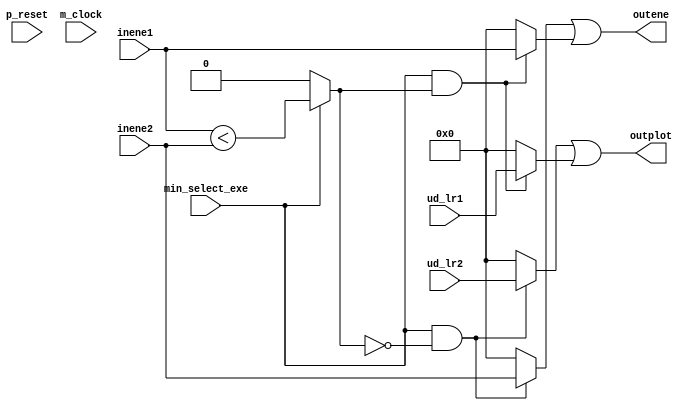
// This program was cloned from: https://github.com/shun7b/bidirectional-search
// License: GNU General Public License v3.0


/*Produced by NSL Core(version=20240424), IP ARCH, Inc. Mon May 20 03:44:04 2024
 Licensed to :EVALUATION USER*/
/*
 DO NOT USE ANY PART OF THIS FILE FOR COMMERCIAL PRODUCTS. 
*/

module min_select ( p_reset , m_clock , inene1 , inene2 , ud_lr1 , ud_lr2 , outene , outplot , min_select_exe );
  input p_reset, m_clock;
  wire p_reset, m_clock;
  input [7:0] inene1;
  wire [7:0] inene1;
  input [7:0] inene2;
  wire [7:0] inene2;
  input [7:0] ud_lr1;
  wire [7:0] ud_lr1;
  input [7:0] ud_lr2;
  wire [7:0] ud_lr2;
  output [7:0] outene;
  wire [7:0] outene;
  output [7:0] outplot;
  wire [7:0] outplot;
  input min_select_exe;
  wire min_select_exe;
  wire _net_0;

   assign  _net_0 = 
// synthesis translate_off
// synopsys translate_off
(min_select_exe)? 
// synthesis translate_on
// synopsys translate_on
((min_select_exe)?(inene1 < inene2):1'b0)
// synthesis translate_off
// synopsys translate_off
:1'bx
// synthesis translate_on
// synopsys translate_on
;

// synthesis translate_off
// synopsys translate_off
always @(posedge m_clock or posedge p_reset)
  begin
if (((min_select_exe&(~_net_0))&(min_select_exe&_net_0)))
 begin $display("Warning: assign collision(min_select:outene) at %d",$time);
if ((min_select_exe&(~_net_0))) $display("assert ((min_select_exe&(~_net_0))) line 10 at %d\n",$time);
if ((min_select_exe&_net_0)) $display("assert ((min_select_exe&_net_0)) line 7 at %d\n",$time);
 end
 end

// synthesis translate_on
// synopsys translate_on
   assign  outene = 
// synthesis translate_off
// synopsys translate_off
(((min_select_exe&(~_net_0))&(min_select_exe&_net_0)))? 8'bx :(((min_select_exe&(~_net_0))|(min_select_exe&_net_0)))? 
// synthesis translate_on
// synopsys translate_on
(((min_select_exe&(~_net_0)))?inene2:8'b0)|
    (((min_select_exe&_net_0))?inene1:8'b0)
// synthesis translate_off
// synopsys translate_off
:8'bx
// synthesis translate_on
// synopsys translate_on
;

// synthesis translate_off
// synopsys translate_off
always @(posedge m_clock or posedge p_reset)
  begin
if (((min_select_exe&(~_net_0))&(min_select_exe&_net_0)))
 begin $display("Warning: assign collision(min_select:outplot) at %d",$time);
if ((min_select_exe&(~_net_0))) $display("assert ((min_select_exe&(~_net_0))) line 9 at %d\n",$time);
if ((min_select_exe&_net_0)) $display("assert ((min_select_exe&_net_0)) line 6 at %d\n",$time);
 end
 end

// synthesis translate_on
// synopsys translate_on
   assign  outplot = 
// synthesis translate_off
// synopsys translate_off
(((min_select_exe&(~_net_0))&(min_select_exe&_net_0)))? 8'bx :(((min_select_exe&(~_net_0))|(min_select_exe&_net_0)))? 
// synthesis translate_on
// synopsys translate_on
(((min_select_exe&(~_net_0)))?ud_lr2:8'b0)|
    (((min_select_exe&_net_0))?ud_lr1:8'b0)
// synthesis translate_off
// synopsys translate_off
:8'bx
// synthesis translate_on
// synopsys translate_on
;
endmodule

/*Produced by NSL Core(version=20240424), IP ARCH, Inc. Mon May 20 03:44:04 2024
 Licensed to :EVALUATION USER*/